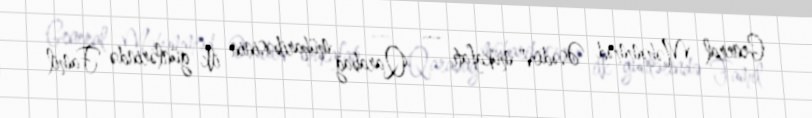
General Məhəmməd Əsədov" mükafatı — Qarabağ müharibəsinin ilk günlərində Famil